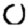
Digit: 0